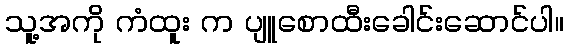
သူ့အကို ကံထူး က ပျူစောထီးခေါင်းဆောင်ပါ။